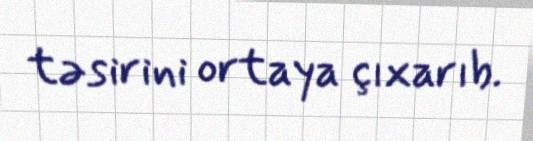
təsirini ortaya çıxarıb.